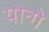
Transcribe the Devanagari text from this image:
योन्गे